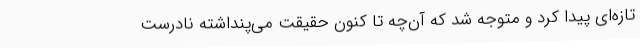
تازه‌ای پیدا کرد و متوجه شد که آن‌چه تا کنون حقیقت می‌پنداشته نادرست